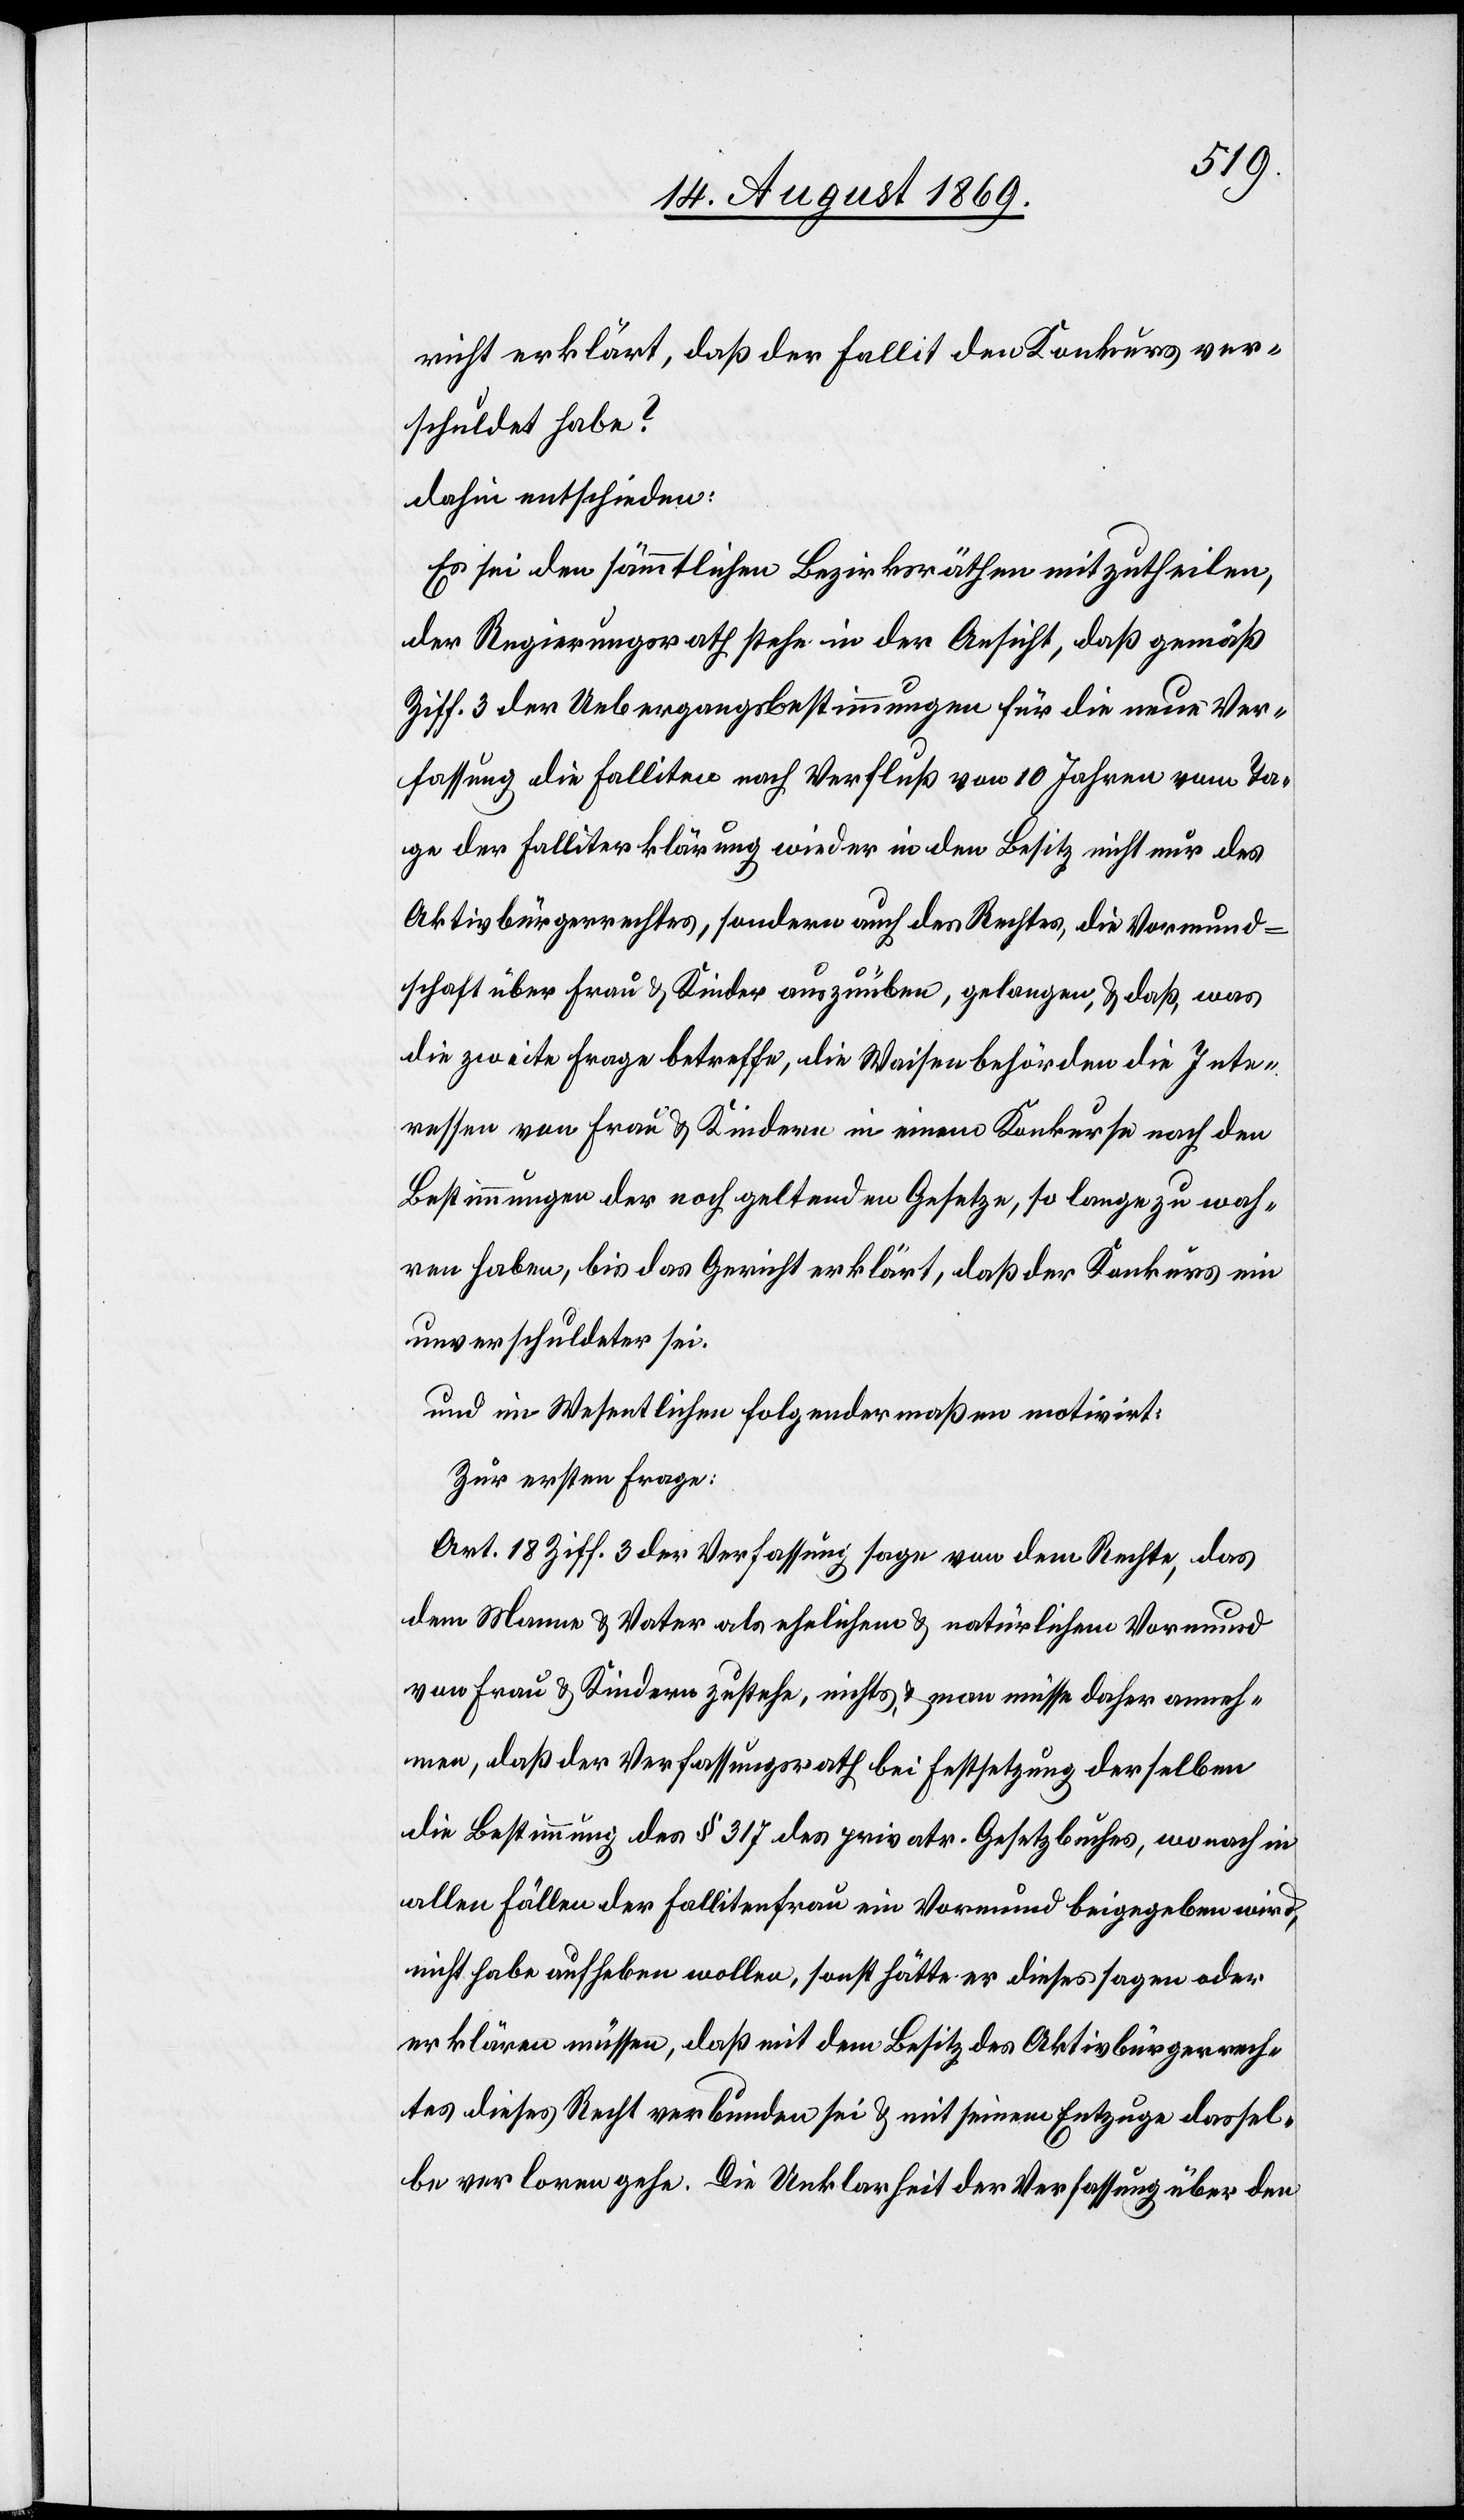
richt erklärt, daß der Fallit den Konkurs ver¬
schuldet habe?
dahin entschieden:
Es sei den sämmtlichen Bezirksräthen mitzutheilen,
der Regierungsrath stehe in der Ansicht, daß gemäß
Ziff. 3 der Uebergangsbestimmungen für die neue Ver¬
fassung die Falliten nach Verfluß von 10 Jahren vom Ta¬
ge der Falliterklärung wieder in den Besitz nicht nur des
Aktivbürgerrechtes, sondern auch des Rechtes, die Vormund¬
schaft über Frau & Kinder auszuüben, gelangen, & daß, was
die zweite Frage betreffe, die Waisenbehörden die Inte¬
ressen von Frau & Kindern in einem Konkurse nach den
Bestimmungen der noch geltenden Gesetze, so lange zu wah¬
ren haben, bis das Gericht erklärt, daß der Konkurs ein
unverschuldeter sei.
und im Wesentlichen folgendermaßen motivirt:
Zur ersten Frage:
Art. 18 Ziff. 3 der Verfassung sage von dem Rechte, das
dem Manne & Vater als ehelichem & natürlichem Vormund
von Frau & Kindern zustehe, nichts, & man müsse daher anneh¬
men, daß der Verfassungsrath bei Festsetzung derselben
die Bestimmung des § 317 des privatr. Gesetzbuches, wonach in
allen Fällen der Fallitenfrau ein Vormund beigegeben wird,
nicht habe aufheben wollen, sonst hätte er dieses sagen oder
erklären müssen, daß mit dem Besitz des Aktivbürgerrech¬
tes dieses Recht verbunden sei & mit seinem Entzuge dassel¬
be verloren gehe. Die Unklarheit der Verfassung über den